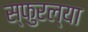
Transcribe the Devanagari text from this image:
स्फुरल्या